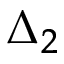
\Delta _ { 2 }